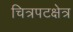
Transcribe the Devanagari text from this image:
चित्रपटक्षेत्र